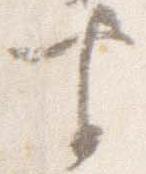
坐